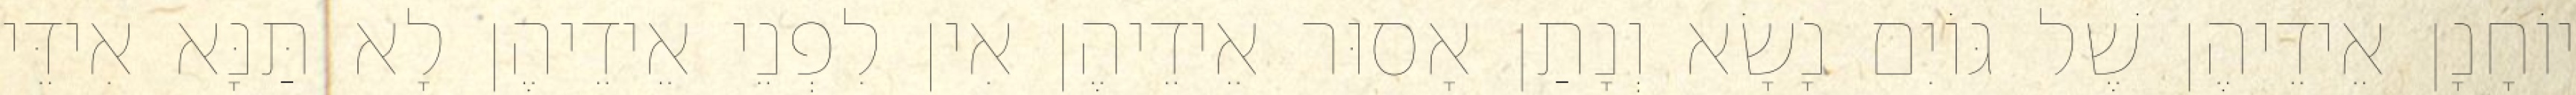
יוֹחָנָן אֵידֵיהֶן שֶׁל גּוֹיִם נָשָׂא וְנָתַן אָסוּר אֵידֵיהֶן אִין לִפְנֵי אֵידֵיהֶן לָא תַּנָּא אִידֵּי